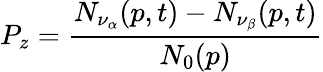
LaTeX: P_{z}=\frac{N_{\nu_{\alpha}}(p,t)-N_{\nu_{\beta}}(p,t)}{N_{0}(p)}